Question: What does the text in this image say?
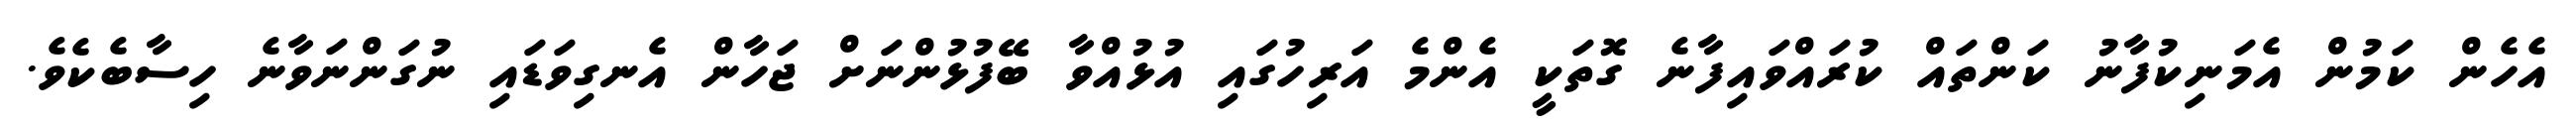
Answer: އެހެން ކަމުން އެމަނިކުފާނު ކަންތައް ކުރައްވައިފާނެ ގޮތަކީ އެންމެ އަރިހުގައި އުޅުއްވާ ބޭފުޅުންނަށް ޖަހާން އެނގިވަޑައި ނުގަންނަވާނެ ހިސާބެކެވެ.